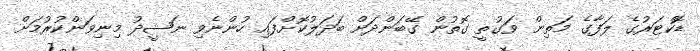
ޑޮކްޓަރުގެ ލަފާގެ މަތިން ވަގުތީ ގޮތުން ގޭބަންދަށް ބަދަލުކޮށްފައި ހުންނެވި ނަޝީދު މިނިވަންކުރުމަށް